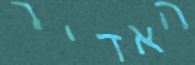
האדיר